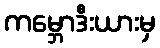
ကမ္ဘောဒီးယားမှ